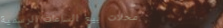
محلات بيع الساعات الرسمية